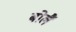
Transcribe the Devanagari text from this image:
बोलैं